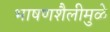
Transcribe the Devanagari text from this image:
भाषणशैलीमुळे